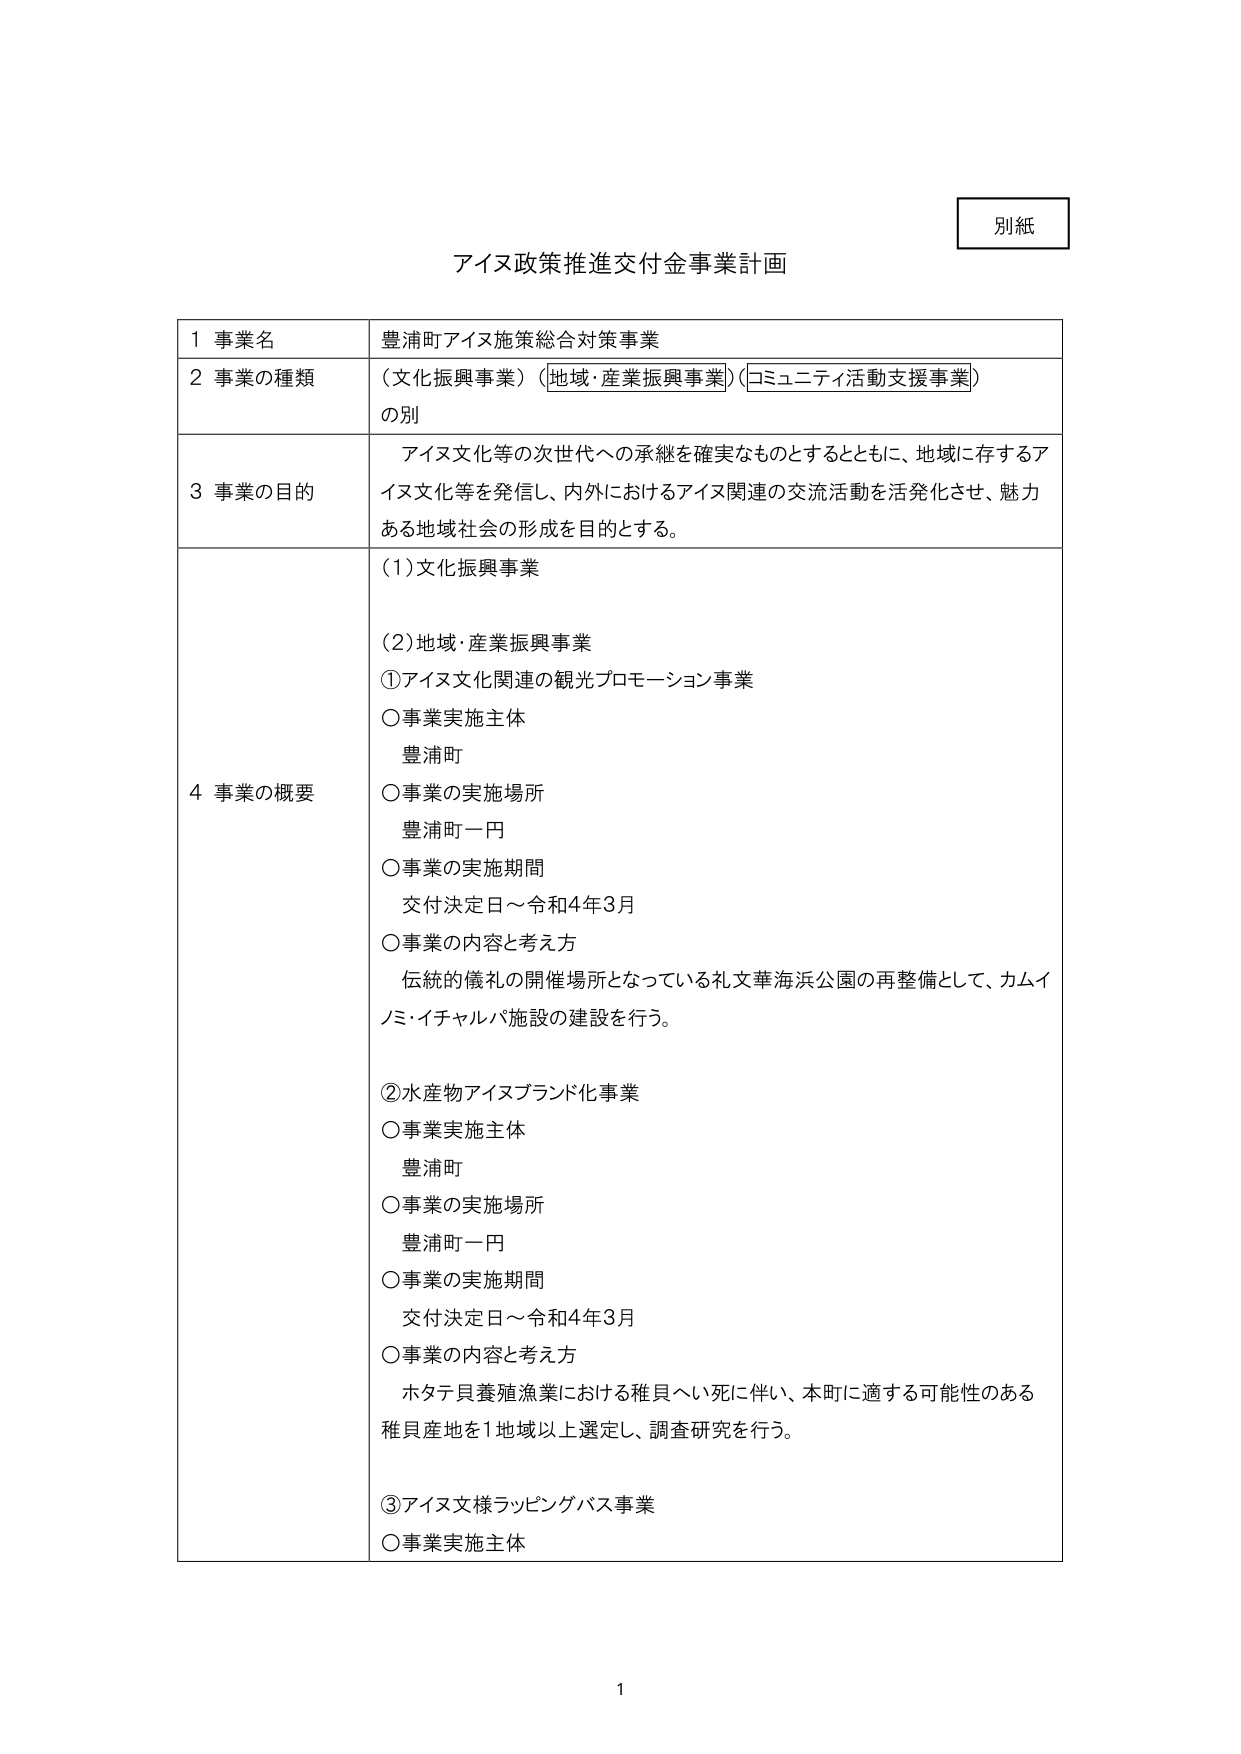
別紙
アイヌ政策推進交付金事業計画

1 事業名 豊浦町アイヌ施策総合対策事業
2 事業の種類 （文化振興事業）（地域・産業振興事業）（コミュニティ活動支援事業）の別
3 事業の目的 アイヌ文化等の次世代への承継を確実なものとするとともに、地域に存するアイヌ文化等を発信し、内外におけるアイヌ関連の交流活動を活発化させ、魅力ある地域社会の形成を目的とする。
4 事業の概要
(1)文化振興事業
(2)地域・産業振興事業
①アイヌ文化関連の観光プロモーション事業
○事業実施主体 豊浦町
○事業の実施場所 豊浦町一円
○事業の実施期間 交付決定日～令和4年3月
○事業の内容と考え方 伝統的儀礼の開催場所となっている札文華海浜公園の再整備として、カムイノミ・イチャルパ施設の建設を行う。
②水産物アイヌブランド化事業
○事業実施主体 豊浦町
○事業の実施場所 豊浦町一円
○事業の実施期間 交付決定日～令和4年3月
○事業の内容と考え方 ホタテ貝養殖漁業における稚貝へい死に伴い、本町に適する可能性のある稚貝産地を1地域以上選定し、調査研究を行う。
③アイヌ文様ラッピングバス事業
○事業実施主体

1